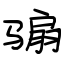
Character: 骟